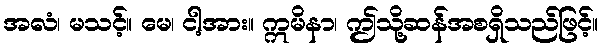
အလံ၊ မသင့်။ မေ၊ ငါ့အား။ ဣမိနာ၊ ဤသို့ဆန်အစရှိသည်ဖြင့်။